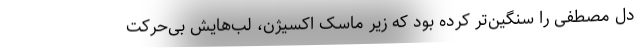
دل مصطفی را سنگین‌تر کرده بود که زیر ماسک اکسیژن، لب‌هایش بی‌حرکت